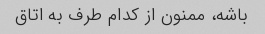
باشه، ممنون از کدام طرف به اتاق